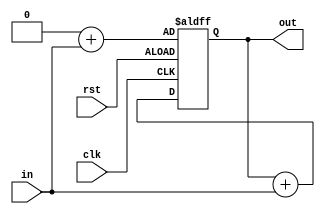
module counter(
	input wire in,
	input wire clk,
	input wire rst,
	output reg [1:0] out);

always @ (posedge clk or posedge rst) begin
//	out <= in[0]+in[1]+in[2]+in[3]+in[4]+in[5]+in[6]+in[7];
	if (rst) begin
		out <= 2'b00+{1'b0,in};
	end
	else begin
		out <= out+{1'b0,in};
	end
end

endmodule